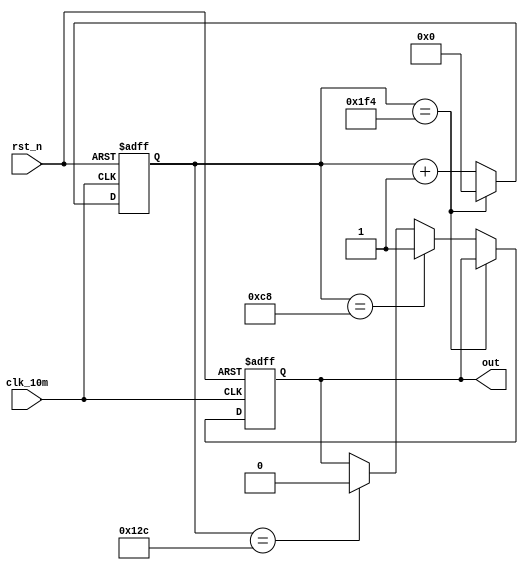
module generator(
    input  wire clk_10m, rst_n,
    output reg  out
    );

    reg [8:0] counter_500;

    always @(posedge clk_10m or negedge rst_n) begin
        if (~rst_n) begin
            counter_500 <= 0;
            out <= 0;
        end else begin
            if (counter_500 == 500) counter_500 <= 0;
            else begin
                counter_500 <= counter_500 + 1;
                if (counter_500 == 200) out <= 1;
                else if (counter_500 == 300) out <= 0;
            end
        end
    end

endmodule